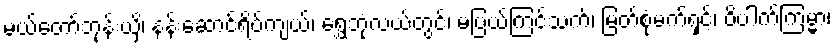
မယ်တော်ဘုန်းယှိ၊ နန်းဆောင်ရိပ်ကျယ်၊ ရွှေဘုံလယ်တွင်၊ မပြယ်ကြင်သက်၊ မြတ်စုံမက်ရှင့်၊ ဝိပါက်ကြမ္မာ၊